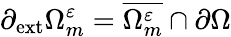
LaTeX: \partial_{\mathrm{{ext}}}\Omega_{m}^{\varepsilon}=\overline{{\Omega_{m}^{\varepsilon}}}\cap\partial\Omega